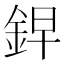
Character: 𮡲